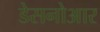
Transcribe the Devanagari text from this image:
डेसनोआर